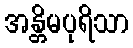
အန္တိမပုရိသာ